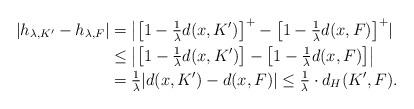
LaTeX: \begin{align*}|h_{\lambda,K'} - h_{\lambda, F}| & = \bigl| \bigl[1-\mbox{$\frac{1}{\lambda}$}d(x,K')\bigr]^+ - \bigl[1-\mbox{$\frac{1}{\lambda}$}d(x,F)\bigr]^+|\\& \leq \bigl| \bigl[1-\mbox{$\frac{1}{\lambda}$}d(x,K')\bigr] - \bigl[1-\mbox{$\frac{1}{\lambda}$}d(x,F)\bigr] \bigr|\\& = \mbox{$\frac{1}{\lambda}$} |d(x,K')- d(x,F)| \leq \mbox{$\frac{1}{\lambda}$} \cdot d_H(K',F).\end{align*}